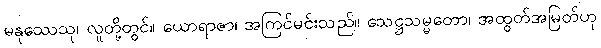
မနုဿေသု၊ လူတို့တွင်။ ယောရာဇာ၊ အကြင်မင်းသည်။ သေဋ္ဌသမ္မတော၊ အထွတ်အမြတ်ဟု